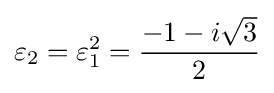
\varepsilon _{2}=\varepsilon _{1}^{2}={\frac {-1-i{\sqrt {3}}}{2}}